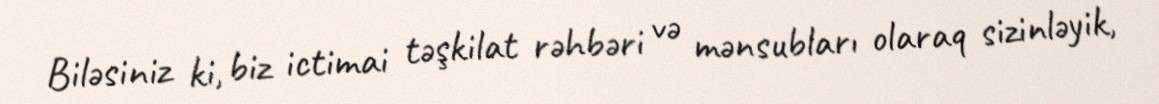
Biləsiniz ki, biz ictimai təşkilat rəhbəri və mənsubları olaraq sizinləyik,